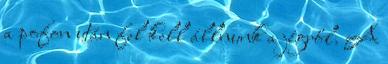
a pofon után fel kell állnunk a jégről. A